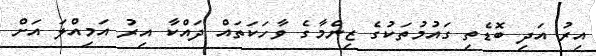
އިރު އަދި ބޮޑެތި ގައުމުތަކުގެ ޒިންމާގެ ވާހަކަތައް ދައްކާ އިރު އަމިއްލަ އަށް